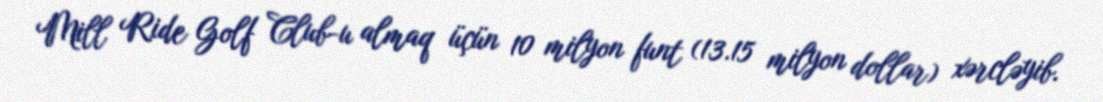
Mill Ride Golf Club-u almaq üçün 10 milyon funt (13.15 milyon dollar) xərcləyib.